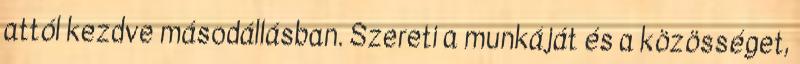
attól kezdve másodállásban. Szereti a munkáját és a közösséget,